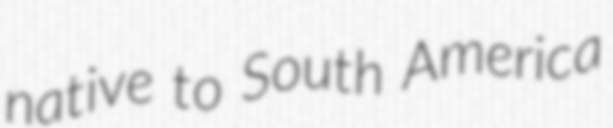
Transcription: native to South America